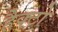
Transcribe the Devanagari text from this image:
हैक्टो